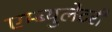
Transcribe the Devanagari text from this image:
एम्ब्युलेटरी